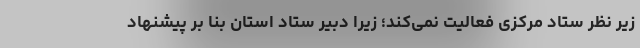
زیر نظر ستاد مرکزی فعالیت نمی‌کند؛ زیرا دبیر ستاد استان بنا بر پیشنهاد